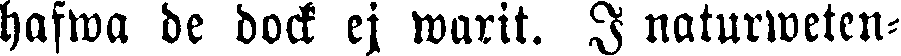
hafwa de dock ej warit. I naturweten-